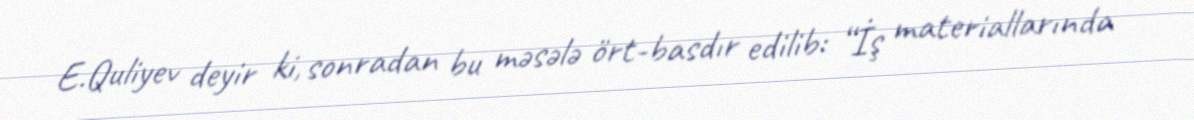
E.Quliyev deyir ki, sonradan bu məsələ ört-basdır edilib: “İş materiallarında